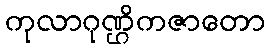
ကုလာဂုဏ္ဌိကဇာတော